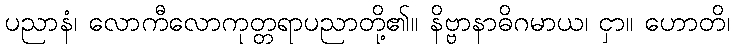
ပညာနံ၊ လောကီလောကုတ္တရာပညာတို့၏။ နိဗ္ဗာနာဓိဂမာယ၊ ငှာ။ ဟောတိ၊